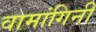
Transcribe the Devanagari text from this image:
वामांगिनी